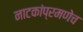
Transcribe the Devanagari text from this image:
नाटकांप्रमणेच